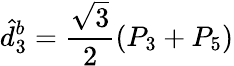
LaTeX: \hat{d}_{3}^{b}=\frac{\sqrt{3}}{2}(P_{3}+P_{5})